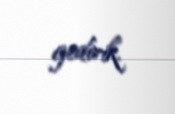
gedirik.